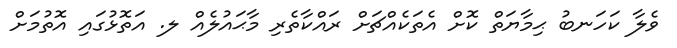
ވެލާ ކަހަނބު ޙިމާޔަތް ކޮށް އެތަކެއްޗަށް ރައްކާތެރި މާޙައުލެއް ލ. އަތޮޅުގައި އޮތުމަށް